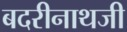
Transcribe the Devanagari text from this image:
बदरीनाथजी